Document type: Dowry acquittance
Year: 1427
Scribe: Pere Tarafa
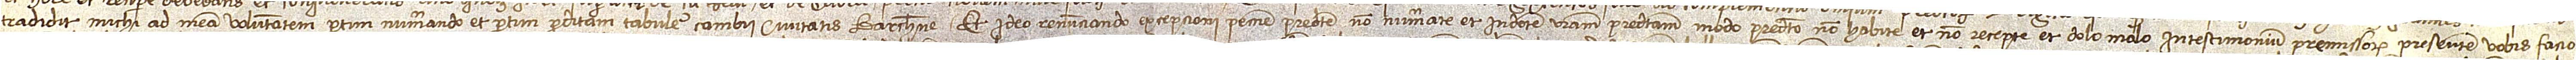
tradidit michi ad meam voluntatem partim numerando et partim pro ditam tabule cambii civitatis Barchinone. Et ideo renunciando excepcioni peccunie non numerate et in dotem vestram predictam modo predicto non habite et non recepte, et dolo malo, in testimonium premissorum presentem vobis facio